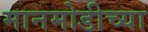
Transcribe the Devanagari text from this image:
मानमोडीच्या